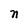
Character: n